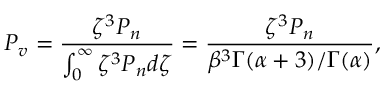
P _ { v } = \frac { \zeta ^ { 3 } P _ { n } } { \int _ { 0 } ^ { \infty } \zeta ^ { 3 } P _ { n } d \zeta } = { \frac { \zeta ^ { 3 } P _ { n } } { \beta ^ { 3 } \Gamma ( \alpha + 3 ) / \Gamma ( \alpha ) } } ,